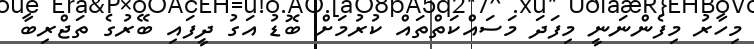
މިހާރު މިފެންނަނީ މިފަދަ މަސައްކަތްތައް ކުރުމަށް ބޮޑު އަގު ދީފައި ބޭރުގެ ތަޖްރިބާ